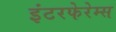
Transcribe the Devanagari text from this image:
इंटरफेरेम्स